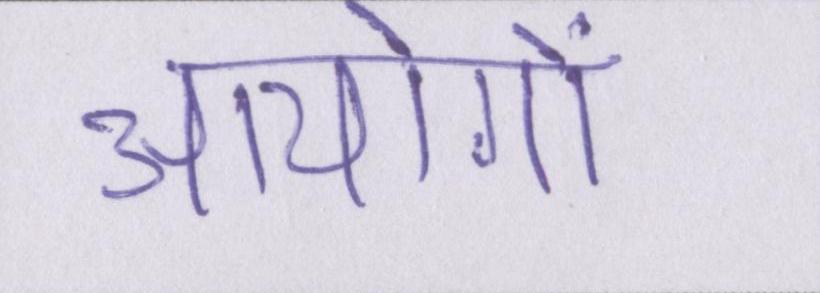
आयोगों